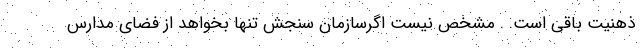
ذهنیت باقی است. . مشخص نیست اگرسازمان سنجش تنها بخواهد از فضای مدارس